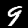
Digit: 9